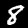
Label: 8